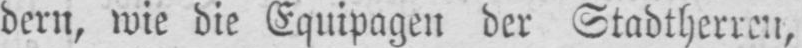
dern, wie die Equipagen der Stadtherren,